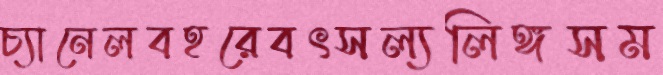
চ্যানেলবহরেবৎসল্যলিঙ্গসম